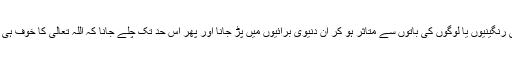
نہ یہ کہ اس دنیا کی رنگینیوں یا لوگوں کی باتوں سے متاثر ہو کر ان دنیوی برائیوں میں پڑ جانا اور پھر اس حد تک چلے جانا کہ اللہ تعالیٰ کا خوف ہی دل سے نکل جائے۔